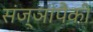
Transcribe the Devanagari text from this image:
संज्ञांपैकी